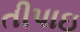
તીપાઇ